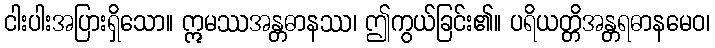
ငါးပါးအပြားရှိသော။ ဣမဿအန္တဓာနဿ၊ ဤကွယ်ခြင်း၏။ ပရိယတ္တိအန္တရဓာနမေဝ၊